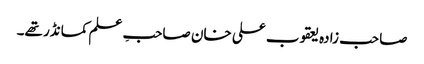
صاحب زادہ یعقوب علی خان صاحبِ علم کمانڈر تھے۔